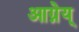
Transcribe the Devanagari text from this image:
आग्नेय्